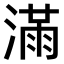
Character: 𣼛